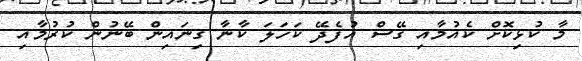
މާ ކުޅިކޮށް ކެއުމާއި ގޭސް އުފެދޭ ކަހަލަ ކާނާ ގިނައިން ބޭނުން ކުރުމާއި